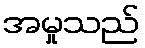
အမှုသည်